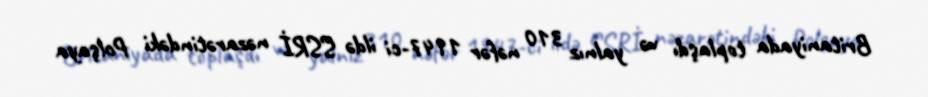
Britaniyada toplaşdı və yalnız 310 nəfər 1947-ci ildə SSRİ nəzarətindəki Polşaya